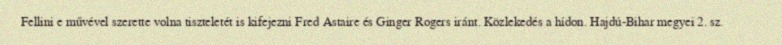
Fellini e művével szerette volna tiszteletét is kifejezni Fred Astaire és Ginger Rogers iránt. Közlekedés a hídon. Hajdú-Bihar megyei 2. sz.